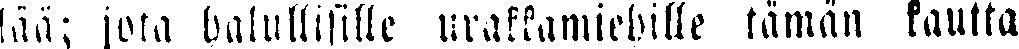
lää; jota halullisille urakkamiehille tämän kautta